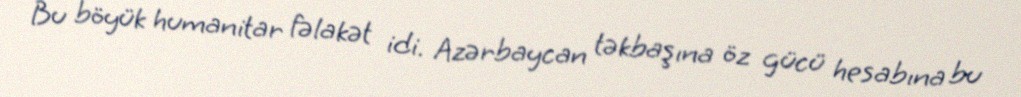
Bu böyük humanitar fəlakət idi. Azərbaycan təkbaşına öz gücü hesabına bu